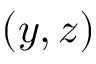
( y , z )